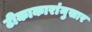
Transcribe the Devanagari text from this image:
टीकाकारांनुसार